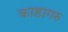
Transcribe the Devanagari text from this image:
काष्ठागरु